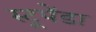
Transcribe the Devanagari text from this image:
स्टूपेंडा